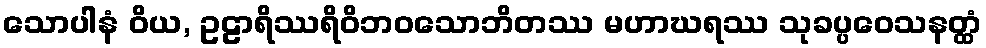
သောပါနံ ဝိယ, ဥဠာရိဿရိဝိဘဝသောဘိတဿ မဟာဃရဿ သုခပ္ပဝေသနတ္ထံ